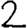
Digit: 2